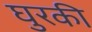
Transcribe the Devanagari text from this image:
घुरकी